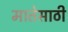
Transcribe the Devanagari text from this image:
मातेसाठी